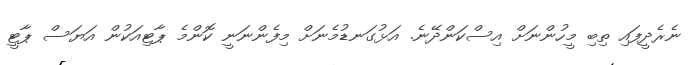
ނެރެދީފައި ތިބި މީހުންނަށް އިސްކަންދޭނެ. އަޅުގަނޑުމެނަށް މިފެންނަނީ ކޮންމެ ޕާޓިއަކުން އަޔަސް ޕާޓީ